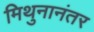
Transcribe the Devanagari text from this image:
मिथुनानंतर